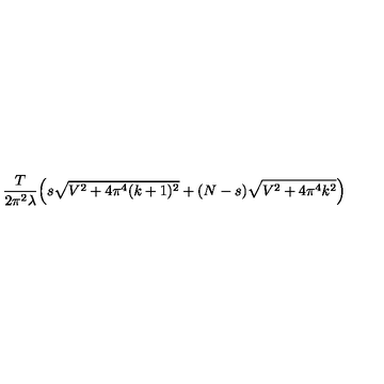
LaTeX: \frac { T } { 2 \pi ^ { 2 } \lambda } \Big ( s \sqrt { V ^ { 2 } + 4 \pi ^ { 4 } ( k + 1 ) ^ { 2 } } + ( N - s ) \sqrt { V ^ { 2 } + 4 \pi ^ { 4 } k ^ { 2 } } \Big )